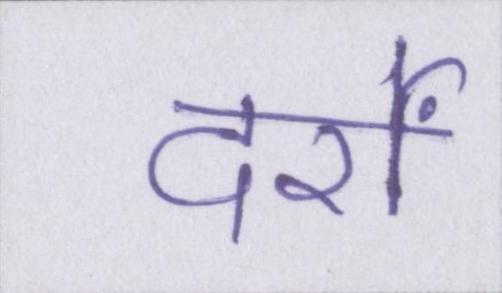
दर्रों